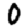
Digit: 0